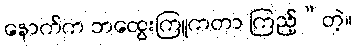
နောက်က ဘထွေးကြူကတာ ကြည့်”တဲ့။